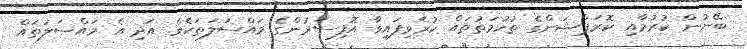
ބޭނުން ކުރުމާއި ކޮރަޕްޝަންގެ ތުހުމަތުތައް ކުރެވިފައިވާ އޮފިސަރުންގެ މައްސަލަތަކެވެ. އަދި އެ މައްސަލަތައް